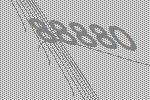
88880